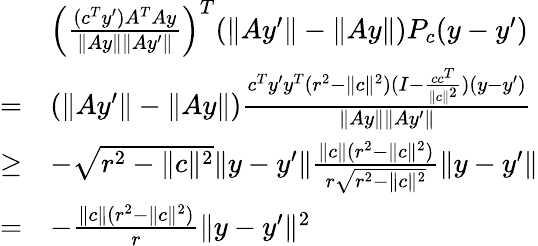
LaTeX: \begin{array}{rl}&{\left(\frac{(c^{T}y^{\prime})A^{T}Ay}{\| Ay\| \| Ay^{\prime}\| }\right)^{T}(\| Ay^{\prime}\| -\| Ay\| )P_{c}(y-y^{\prime})}\\ {=}&{(\| Ay^{\prime}\| -\| Ay\| )\frac{c^{T}y^{\prime}y^{T}(r^{2}-\| c\| ^{2})(I-\frac{cc^{T}}{\| c\| ^{2}})(y-y^{\prime})}{\| Ay\| \| Ay^{\prime}\| }}\\ {\geq}&{-\sqrt{r^{2}-\| c\| ^{2}}\| y-y^{\prime}\| \frac{\| c\| (r^{2}-\| c\| ^{2})}{r\sqrt{r^{2}-\| c\| ^{2}}}\| y-y^{\prime}\| }\\ {=}&{-\frac{\| c\| (r^{2}-\| c\| ^{2})}{r}\| y-y^{\prime}\| ^{2}}\end{array}